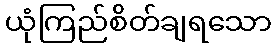
ယုံကြည်စိတ်ချရသော